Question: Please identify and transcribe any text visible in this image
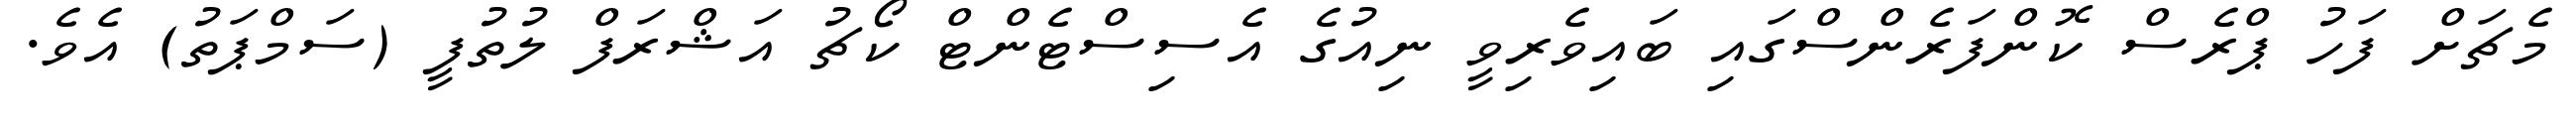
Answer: މެޗަށް ފަހު ޕްރެސް ކޮންފަރެންސްގައި ބައިވެރިވީ ނިއުގެ އެސިސްޓެންޓް ކޯޗު އަޝްރަފް ލުތުފީ (ސަމްޕަތު) އެވެ.